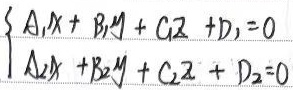
\(\begin{cases}A_1x + B_1y + C_1z + D_1 = 0 \\A_2x + B_2y + C_2z + D_2 = 0\end{cases}\)